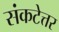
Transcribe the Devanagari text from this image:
संकटेत्तर